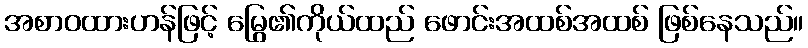
အစာဝထားဟန်ဖြင့် မြွေ၏ကိုယ်ထည် ဖောင်းအထစ်အထစ် ဖြစ်နေသည်။